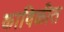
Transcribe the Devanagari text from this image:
काविळीत